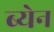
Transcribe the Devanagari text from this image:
ब्येन